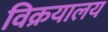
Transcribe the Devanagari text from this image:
विक्रयालय